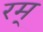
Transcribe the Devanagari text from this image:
रम्